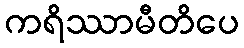
ကရိဿာမီတိပေ